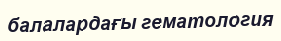
балалардағы гематология